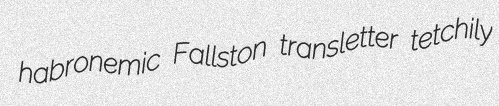
habronemic Fallston transletter tetchily